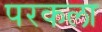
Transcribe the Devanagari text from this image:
परकला